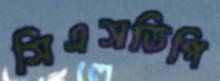
সিএসডিপি